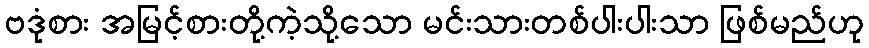
ဗဒုံစား အမြင့်စားတို့ကဲ့သို့သော မင်းသားတစ်ပါးပါးသာ ဖြစ်မည်ဟု